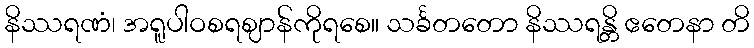
နိဿရဏံ၊ အရူပါဝစရဈာန်ကိုရစေ။ သင်္ခတတော နိဿရန္တိ ဧတေနာ တိ